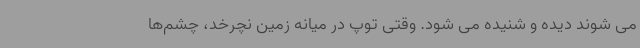
می شوند دیده و شنیده می شود. وقتی توپ در میانه زمین نچرخد، چشم‌ها